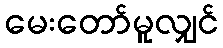
မေးတော်မူလျှင်